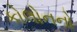
કોલોનનો